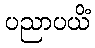
ပညာပယိံ